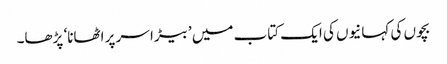
بچوں کی کہانیوں کی ایک کتاب میں ’بیڑا سر پر اٹھانا‘ پڑھا۔